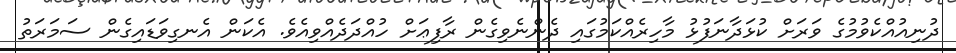
ދުނިއުއްކެވުމުގެ ވަރަށް ކުޅަދާނަފުޅު މާހިރެއްކަމުގައި ދެންނެވިގެން ރާފިޢަށް ހުއްދަދެއްވިއެވެ. އެކަން އެނގިވަޑައިގެން ސަމަރަތު